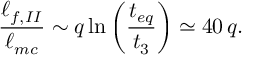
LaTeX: \frac { \ell _ { f , I I } } { \ell _ { m c } } \sim q \ln \left( { \frac { t _ { e q } } { t _ { 3 } } } \right) \simeq 4 0 \, q .